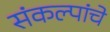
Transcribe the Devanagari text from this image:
संकल्पांचे